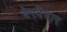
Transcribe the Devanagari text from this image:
बेरवेदार